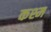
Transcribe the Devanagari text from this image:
कश्म